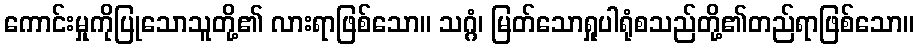
ကောင်းမှုကိုပြုသောသူတို့၏ လားရာဖြစ်သော။ သဂ္ဂံ၊ မြတ်သောရှုပါရုံစသည်တို့၏တည်ရာဖြစ်သော။